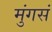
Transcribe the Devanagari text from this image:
मुंगसं